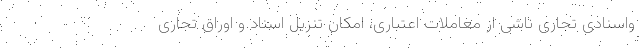
واسنادی تجاری ناشی از معاملات اعتباری، امکان تنزیل اسناد و اوراق تجاری